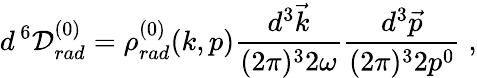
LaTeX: d^{\, 6}{\cal D}_{rad}^{(0)}=\rho_{rad}^{(0)}(k,p)\frac{d^{3}{\vec{k}}}{(2\pi)^{3}2\omega}\frac{d^{3}{\vec{p}}}{(2\pi)^{3}2p^{0}}\; ,